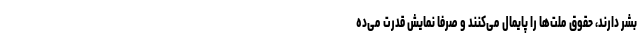
بشر دارند، حقوق ملت‌ها را پایمال می‌کنند و صرفاً نمایش قدرت می‌ده